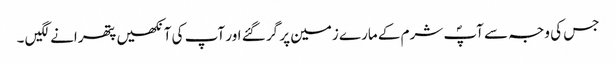
جس کی وجہ سے آپؐ شرم کے مارے زمین پر گر گئے اور آپ کی آنکھیں پتھرانے لگیں ۔